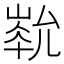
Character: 𡻏